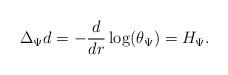
LaTeX: \begin{align*}\Delta_{\Psi} d = - \frac{d}{dr} \log(\theta_{\Psi}) = H_{\Psi}.\end{align*}